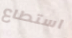
استطاع